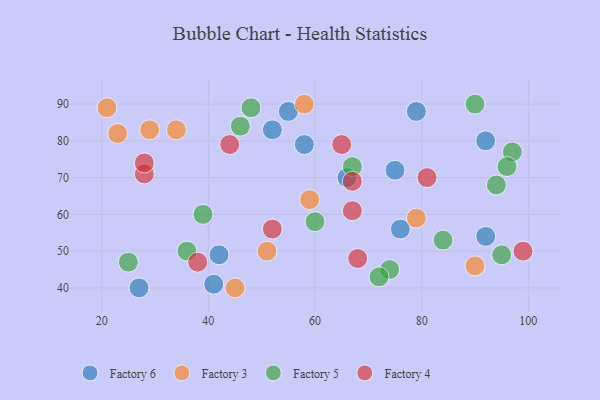
{"axis": {"x": "GDP", "y": "Life Expectancy"}, "legend": ["Factory 3", "Factory 4", "Factory 5", "Factory 6"], "data": [{"x": "52", "y": 83, "type": "Factory 6"}, {"x": "79", "y": 88, "type": "Factory 6"}, {"x": "75", "y": 72, "type": "Factory 6"}, {"x": "76", "y": 56, "type": "Factory 6"}, {"x": "55", "y": 88, "type": "Factory 6"}, {"x": "92", "y": 80, "type": "Factory 6"}, {"x": "66", "y": 70, "type": "Factory 6"}, {"x": "42", "y": 49, "type": "Factory 6"}, {"x": "27", "y": 40, "type": "Factory 6"}, {"x": "41", "y": 41, "type": "Factory 6"}, {"x": "58", "y": 79, "type": "Factory 6"}, {"x": "92", "y": 54, "type": "Factory 6"}, {"x": "23", "y": 82, "type": "Factory 3"}, {"x": "58", "y": 90, "type": "Factory 3"}, {"x": "29", "y": 83, "type": "Factory 3"}, {"x": "59", "y": 64, "type": "Factory 3"}, {"x": "45", "y": 40, "type": "Factory 3"}, {"x": "51", "y": 50, "type": "Factory 3"}, {"x": "34", "y": 83, "type": "Factory 3"}, {"x": "90", "y": 46, "type": "Factory 3"}, {"x": "79", "y": 59, "type": "Factory 3"}, {"x": "21", "y": 89, "type": "Factory 3"}, {"x": "25", "y": 47, "type": "Factory 5"}, {"x": "39", "y": 60, "type": "Factory 5"}, {"x": "94", "y": 68, "type": "Factory 5"}, {"x": "60", "y": 58, "type": "Factory 5"}, {"x": "36", "y": 50, "type": "Factory 5"}, {"x": "97", "y": 77, "type": "Factory 5"}, {"x": "74", "y": 45, "type": "Factory 5"}, {"x": "48", "y": 89, "type": "Factory 5"}, {"x": "67", "y": 73, "type": "Factory 5"}, {"x": "46", "y": 84, "type": "Factory 5"}, {"x": "96", "y": 73, "type": "Factory 5"}, {"x": "72", "y": 43, "type": "Factory 5"}, {"x": "84", "y": 53, "type": "Factory 5"}, {"x": "90", "y": 90, "type": "Factory 5"}, {"x": "95", "y": 49, "type": "Factory 5"}, {"x": "99", "y": 50, "type": "Factory 4"}, {"x": "44", "y": 79, "type": "Factory 4"}, {"x": "52", "y": 56, "type": "Factory 4"}, {"x": "67", "y": 69, "type": "Factory 4"}, {"x": "67", "y": 61, "type": "Factory 4"}, {"x": "65", "y": 79, "type": "Factory 4"}, {"x": "28", "y": 71, "type": "Factory 4"}, {"x": "68", "y": 48, "type": "Factory 4"}, {"x": "38", "y": 47, "type": "Factory 4"}, {"x": "28", "y": 74, "type": "Factory 4"}, {"x": "81", "y": 70, "type": "Factory 4"}]}